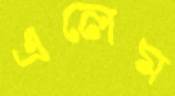
এলেম